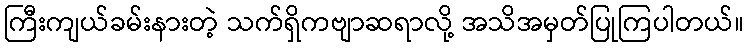
ကြီးကျယ်ခမ်းနားတဲ့ သက်ရှိကဗျာဆရာလို့ အသိအမှတ်ပြုကြပါတယ်။